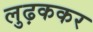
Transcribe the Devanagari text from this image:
लुढ़ककर